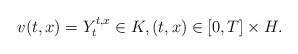
LaTeX: \begin{align*} v(t,x)= Y_t^{t,x} \in K, (t,x)\in[0,T]\times H. \end{align*}